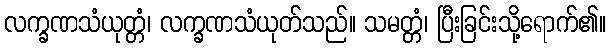
လက္ခဏသံယုတ္တံ၊ လက္ခဏသံယုတ်သည်။ သမတ္တံ၊ ပြီးခြင်းသို့ရောက်၏။